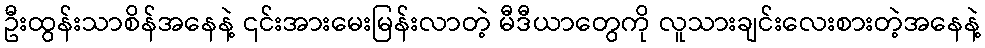
ဦးထွန်းသာစိန်အနေနဲ့ ၎င်းအားမေးမြန်းလာတဲ့ မီဒီယာတွေကို လူသားချင်းလေးစားတဲ့အနေနဲ့